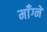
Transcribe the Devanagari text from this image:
माँग्ने